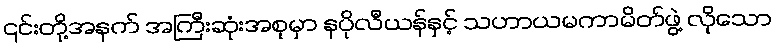
၎င်းတို့အနက် အကြီးဆုံးအစုမှာ နပိုလီယန်နှင့် သဟာယမကာမိတ်ဖွဲ့ လိုသော